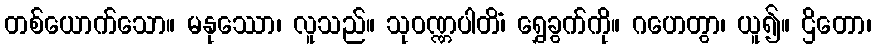
တစ်ယောက်သော။ မနုဿော၊ လူသည်။ သုဝဏ္ဏပါတိံ၊ ရွှေခွက်ကို။ ဂဟေတွာ၊ ယူ၍။ ဌိတော၊